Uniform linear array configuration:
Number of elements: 8
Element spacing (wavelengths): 1
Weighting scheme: exponential
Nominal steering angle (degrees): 0
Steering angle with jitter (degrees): -0.7903
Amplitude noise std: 0.05
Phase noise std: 0.05

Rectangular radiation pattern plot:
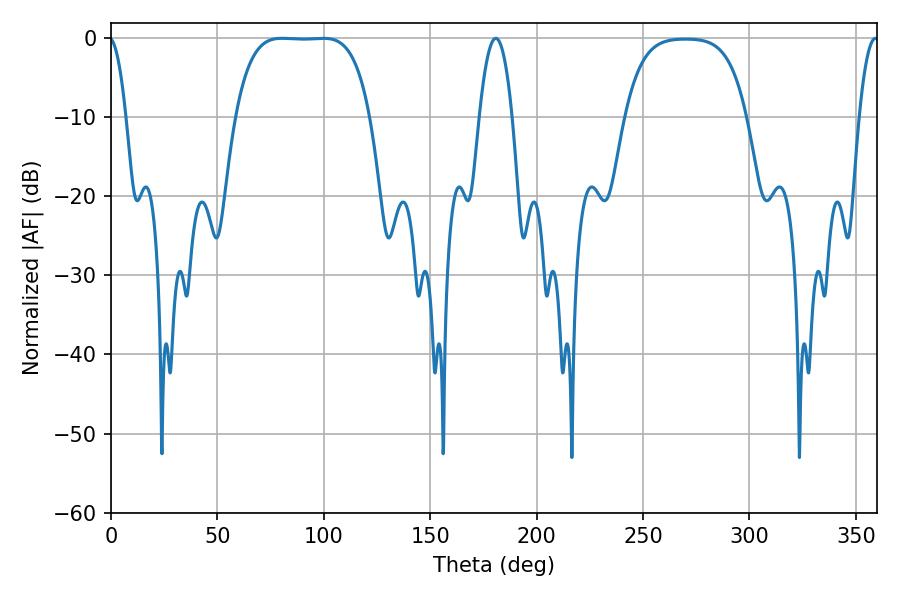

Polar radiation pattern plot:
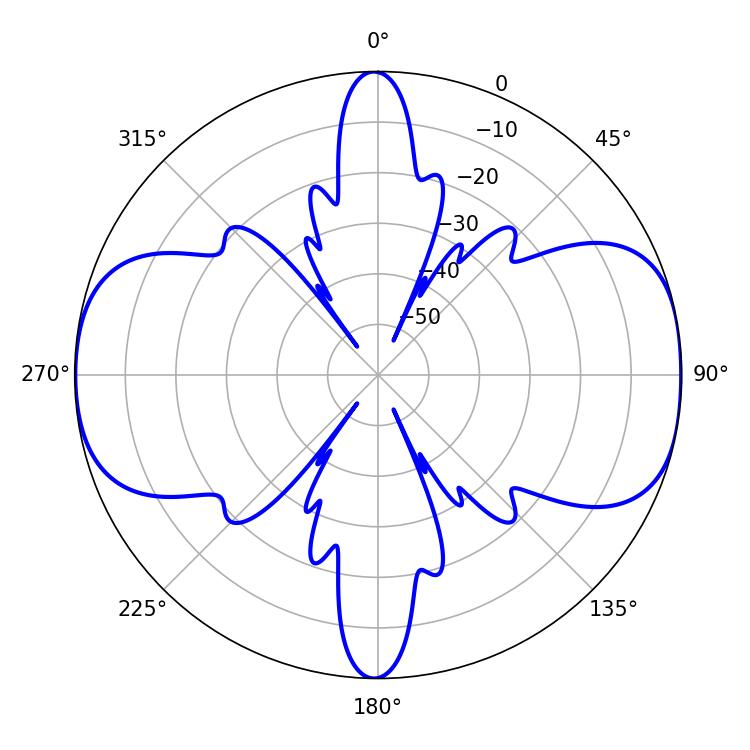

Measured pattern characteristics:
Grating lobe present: TRUE
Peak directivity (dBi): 11.517
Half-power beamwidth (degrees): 48.6
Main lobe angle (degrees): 80.28